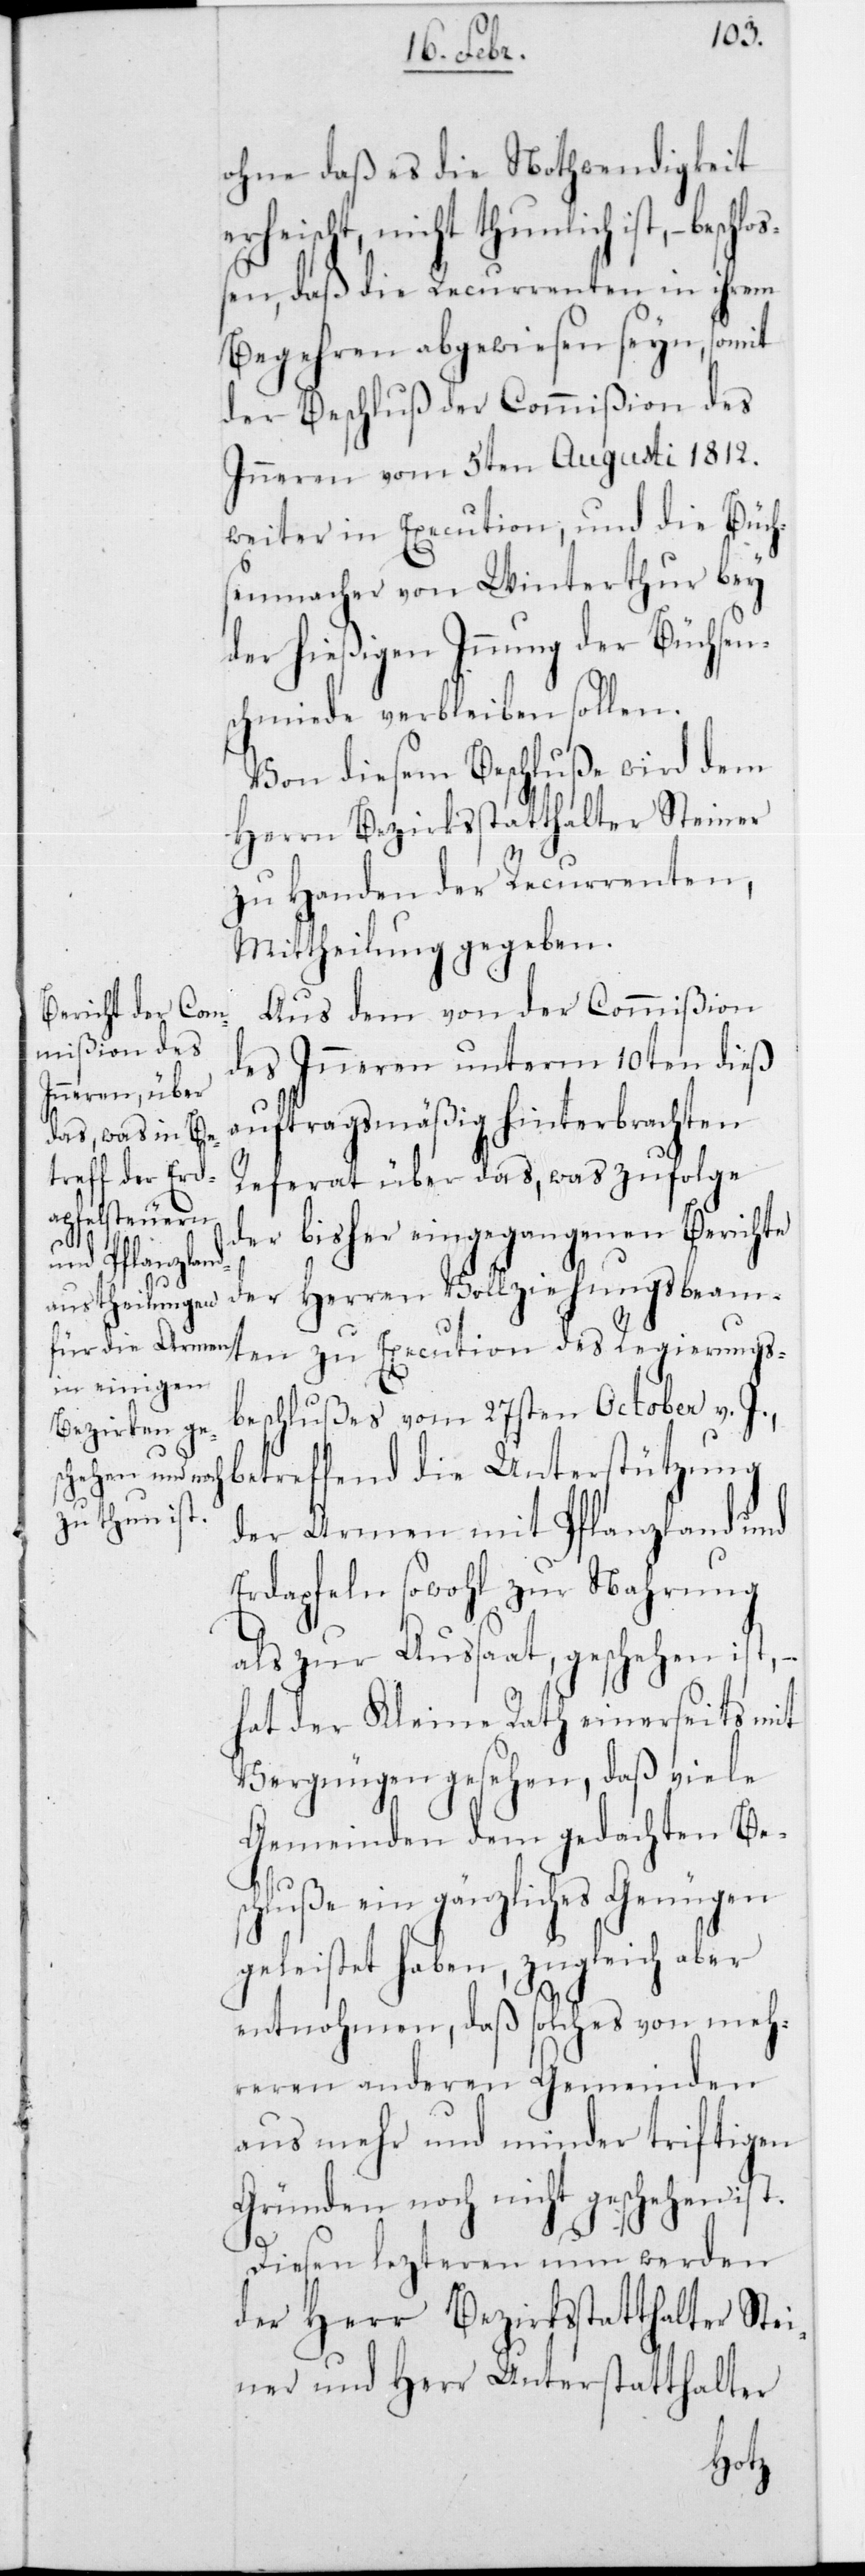
ohne daß es die Nothwendigkeit
erheischt, nicht tunlich ist, – be¬
en, daß die Recurrenten in ihrem
Begehren abgewiesen seyn, somit
der Beschluß der Commißion des
Innern vom 5ten Augusti 1812
weiter in Execution, und die Büch¬
senmacher von Winterthur bei
der hießigen Innung der Büchsen¬
schmiede verbleiben sollen.
Von diesem Beschluße wird dem
Herrn Bezirksstatthalter Steiner
zu Handen der Recurrenten,
Mittheilung gegeben.
Aus dem von der Commißion
des Innern unterm 10ten dieß
auftragsmäßig hinterbrachten
Referat über das, was zufolge
der bisher eingegangenen Berichte
des Regierungs¬
der Herren Vollziehungsbeam¬
beschlußes vom 27sten October v. J.,
betreffend die Unterstützung
der Armen mit Pflanzland und
Erdapfeln sowohl zur Nahrung
als zur Aussaat, geschehen ist,
hat der Kleine Rath einerseits mit
Vergnügen gesehen, daß viele
Gemeinden dem gedachten Be¬
schluße ein gänzliches Genügen
geleistet haben, zugleich aber
entnohmen, daß solches von meh¬
reren anderen Gemeinden
aus mehr und minder triftigen
Gründen noch nicht geschehen ist.
Diesen letzteren nun werden
der Herr Bezirksstatthalter Stei¬
ner und Herr Unterstatthalter
ten